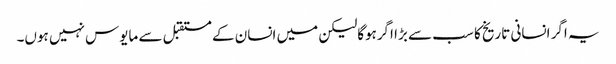
یہ اگر انسانی تاریخ کا سب سے بڑا اگرہوگالیکن میں انسان کے مستقبل سے مایوس نہیں ہوں۔